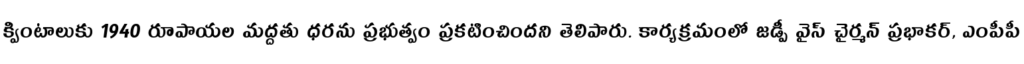
క్వింటాలుకు 1940 రూపాయల మద్దతు ధరను ప్రభుత్వం ప్రకటించిందని తెలిపారు. కార్యక్రమంలో జడ్పీ వైస్ చైర్మన్ ప్రభాకర్, ఎంపీపీ